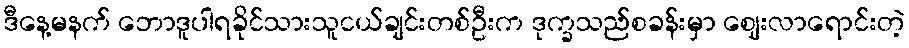
ဒီနေ့မနက် ဘောဒူပါရခိုင်သားသူငယ်ချင်းတစ်ဦးက ဒုက္ခသည်စခန်းမှာ ဈေးလာရောင်းတဲ့